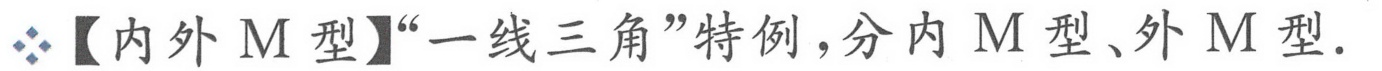
【内外\(M\)型】“一线三角”特例，分内\(M\)型、外\(M\)型.